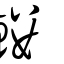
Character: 鏤